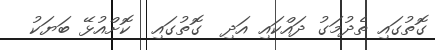
ގޮތުގައި ތެދުމަގު ދައްކައި އަދި  ގޮތުގައި  ކޮށްއުޅޭ ބަޔަކު